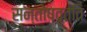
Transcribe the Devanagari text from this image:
सन्तोषवृत्ति